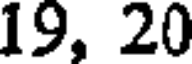
19, 20